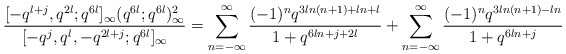
\begin{align*}\frac{[-q^{l+j},q^{2l};q^{6l}]_\infty(q^{6l};q^{6l})^2_\infty}{[-q^{j},q^{l},-q^{2l+j};q^{6l}]_\infty}=\sum_{n=-\infty}^\infty \frac{(-1)^nq^{3ln(n+1)+ln+l}}{1+q^{6ln+j+2l}}+\sum_{n=-\infty}^\infty \frac{(-1)^nq^{3ln(n+1)-ln}}{1+q^{6ln+j}}\end{align*}